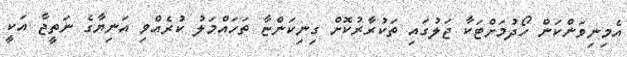
އެމިނިވަންކަން ހޯދުމަށްޓަކާ ޖަލުގައި ތަކުރާރުކޮށް ގިނިކަންޏާ ތަހައްމަލު ކުރެއްވި އަނިޔާގެ ނަތީޖާ އަކީ